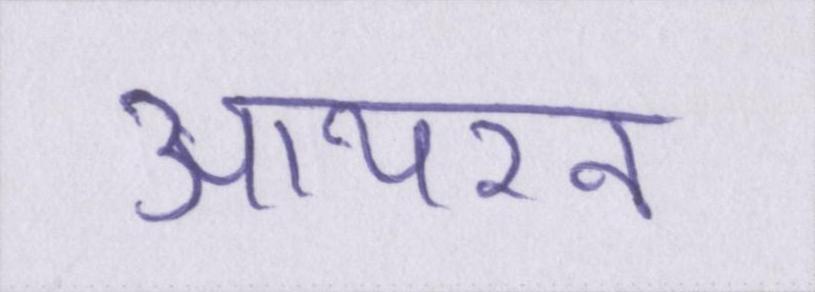
आयरन